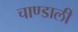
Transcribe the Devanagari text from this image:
चाण्डाली